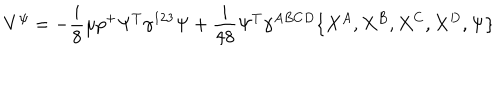
V ^ { \psi } = - { \frac { i } { 8 } } \mu p ^ { + } \Psi ^ { T } \gamma ^ { 1 2 3 } \Psi + { \frac { i } { 4 8 } } \Psi ^ { T } \gamma ^ { A B C D } \{ X ^ { A } , X ^ { B } , X ^ { C } , X ^ { D } , \Psi \}